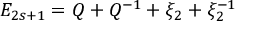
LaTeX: E _ { 2 s + 1 } = Q + Q ^ { - 1 } + \xi _ { 2 } + \xi _ { 2 } ^ { - 1 }